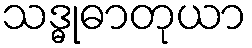
သဒ္ဓုဓာတုယာ